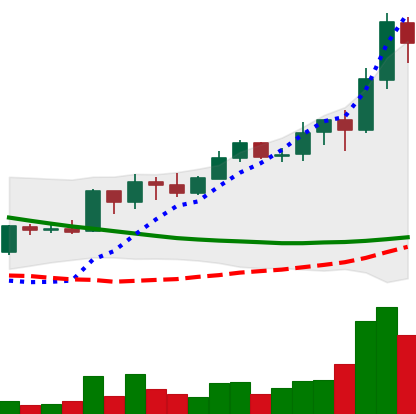
Ticker: ADA-USD
Chart end date: 2019-03-24
Forward return: 15.534%
Label: up_7plus